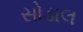
સોડાલ